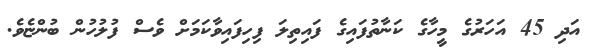
އަދި 45 އަހަރުގެ މީހާގެ ކަނާތުފައިގެ ފައިތިލަ ފިހިފައިވާކަމަށް ވެސް ފުލުހުން ބުންޏެވެ.